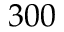
3 0 0